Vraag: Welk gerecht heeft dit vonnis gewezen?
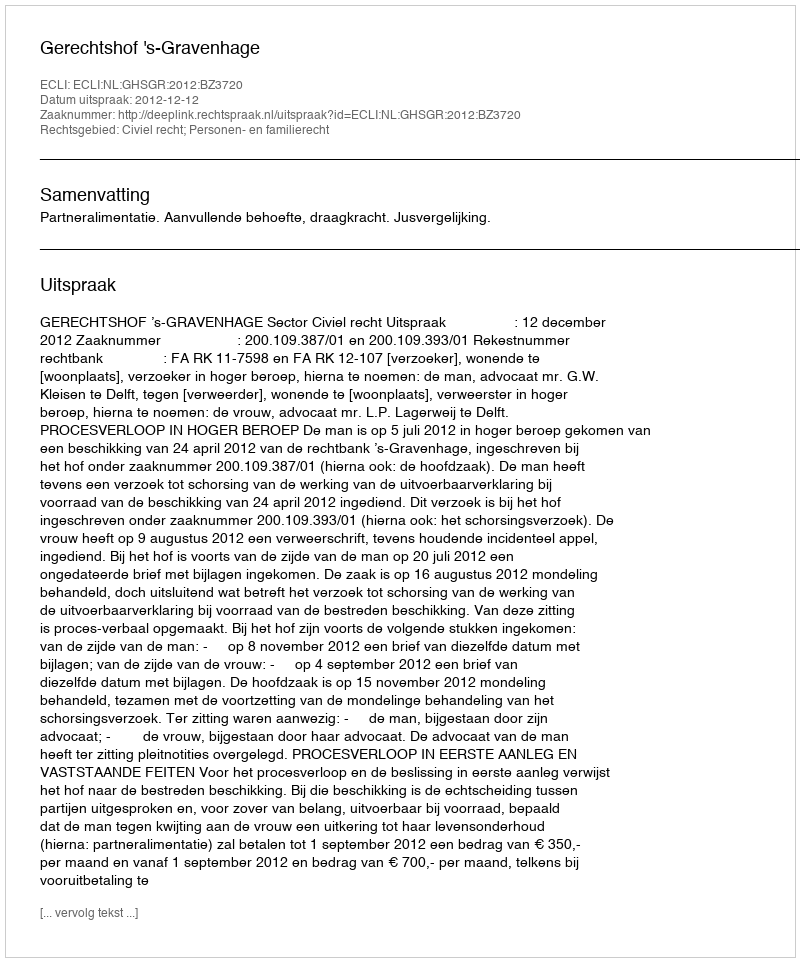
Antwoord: Gerechtshof 's-Gravenhage